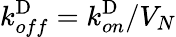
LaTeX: k_{off}^{\mathrm{D}}=k_{on}^{\mathrm{D}}/V_{N}